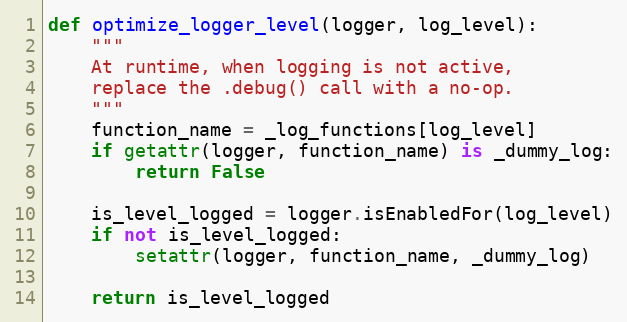
Language: Python
def optimize_logger_level(logger, log_level):
    """
    At runtime, when logging is not active,
    replace the .debug() call with a no-op.
    """
    function_name = _log_functions[log_level]
    if getattr(logger, function_name) is _dummy_log:
        return False

    is_level_logged = logger.isEnabledFor(log_level)
    if not is_level_logged:
        setattr(logger, function_name, _dummy_log)

    return is_level_logged